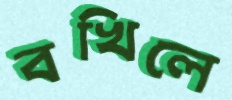
বখিলে